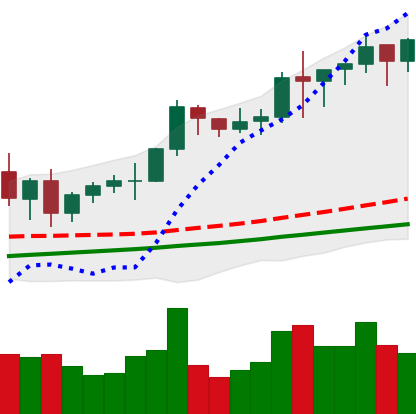
Ticker: BNB-USD
Chart end date: 2021-01-09
Forward return: -4.869%
Label: down_3_5